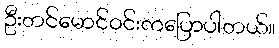
ဦးတင်မောင်ဝင်းကပြောပါတယ်။